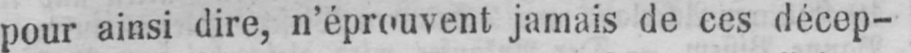
pour ainsi dire, n’éprouvent jamais de ces décep-